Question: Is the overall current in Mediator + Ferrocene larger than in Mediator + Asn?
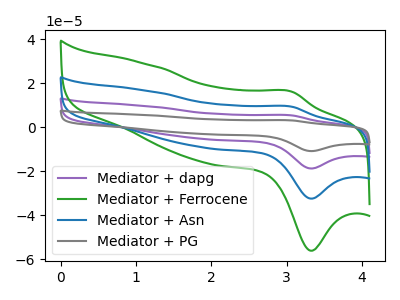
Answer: <think>The purple curve "Mediator + dapg" has an anodic peak at (3.05V, 18.65uA) and a cathodic peak at (3.35V, -64.90uA). The green curve "Mediator + Ferrocene" has an anodic peak at (3.05V, 16.15uA) and a cathodic peak at (3.35V, -56.15uA). The blue curve "Mediator + Asn" has an anodic peak at (3.05V, 9.35uA) and a cathodic peak at (3.35V, -32.45uA). The gray curve "Mediator + PG" has an anodic peak at (3.05V, 28.00uA) and a cathodic peak at (3.35V, -97.30uA).
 All the peaks in "Mediator + Ferrocene" have a peak in "Mediator + Asn" at the same potential. Every peak in "Mediator + Ferrocene" is higher than every peak in "Mediator + Asn".</think>
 <answer>"Mediator + Ferrocene" has more signal than "Mediator + Asn".</answer>
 <eval>more_signal</eval>